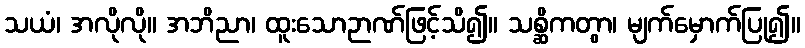
သယံ၊ အလိုလို။ အဘိညာ၊ ထူးသောဉာဏ်ဖြင့်သိ၍။ သစ္ဆိကတွာ၊ မျက်မှောက်ပြု၍။